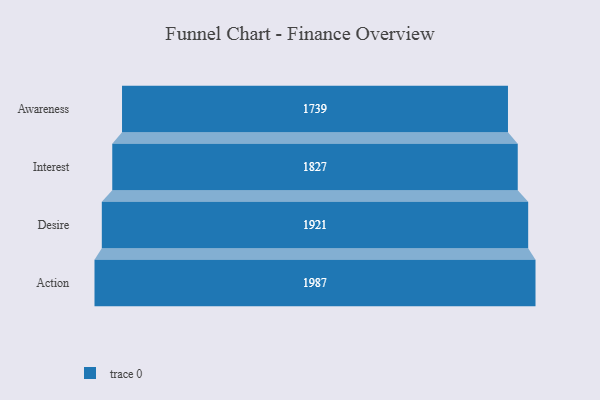
{"axis": {"x": "Stage", "y": "Value"}, "legend": [""], "data": [{"x": "Awareness", "y": 1739.0, "type": ""}, {"x": "Interest", "y": 1827.0, "type": ""}, {"x": "Desire", "y": 1921.0, "type": ""}, {"x": "Action", "y": 1987.0, "type": ""}]}